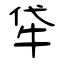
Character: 牮